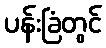
ပန်းခြံတွင်